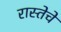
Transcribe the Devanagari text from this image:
रास्तेचे